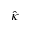
\hat { \kappa }